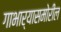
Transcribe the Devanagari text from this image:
गाभार्‍यासमोरील